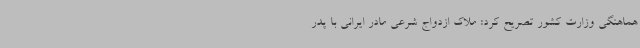
هماهنگی وزارت کشور تصریح کرد: ملاک ازدواج شرعی مادر ایرانی با پدر